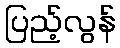
ပြည့်လွန်